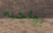
بواجبه